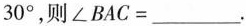
30°，则$$∠ B A C=______.